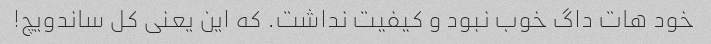
خود هات داگ خوب نبود و کیفیت نداشت. که این یعنی کل ساندویچ!